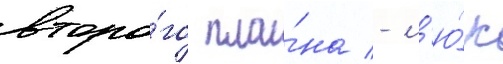
второ́го пла́на - л'ю́к